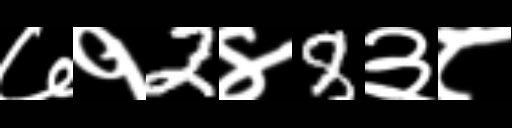
Text: ७१2४8३८